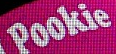
Pookie